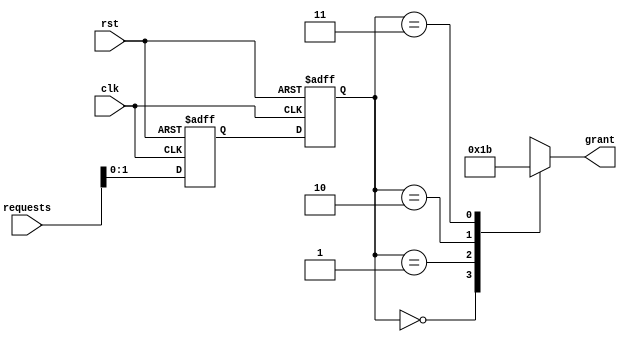
module RandomArbiter (
    input wire clk,
    input wire rst,
    input wire [3:0] requests,
    output reg [1:0] grant
);

reg [3:0] synced_requests;
reg [1:0] random_order;

always @ (posedge clk or posedge rst) begin
    if (rst) begin
        synced_requests <= 4'b0000;
        random_order <= 2'b00;
    end else begin
        synced_requests <= requests;
        random_order <= {synced_requests[1], synced_requests[0]};
    end
end

always @ (*) begin
    case (random_order)
        2'b00: grant <= 2'b00;
        2'b01: grant <= 2'b01;
        2'b10: grant <= 2'b10;
        2'b11: grant <= 2'b11;
        default: grant <= 2'b00;
    endcase
end

endmodule